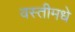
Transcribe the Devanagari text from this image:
वस्तीमधे